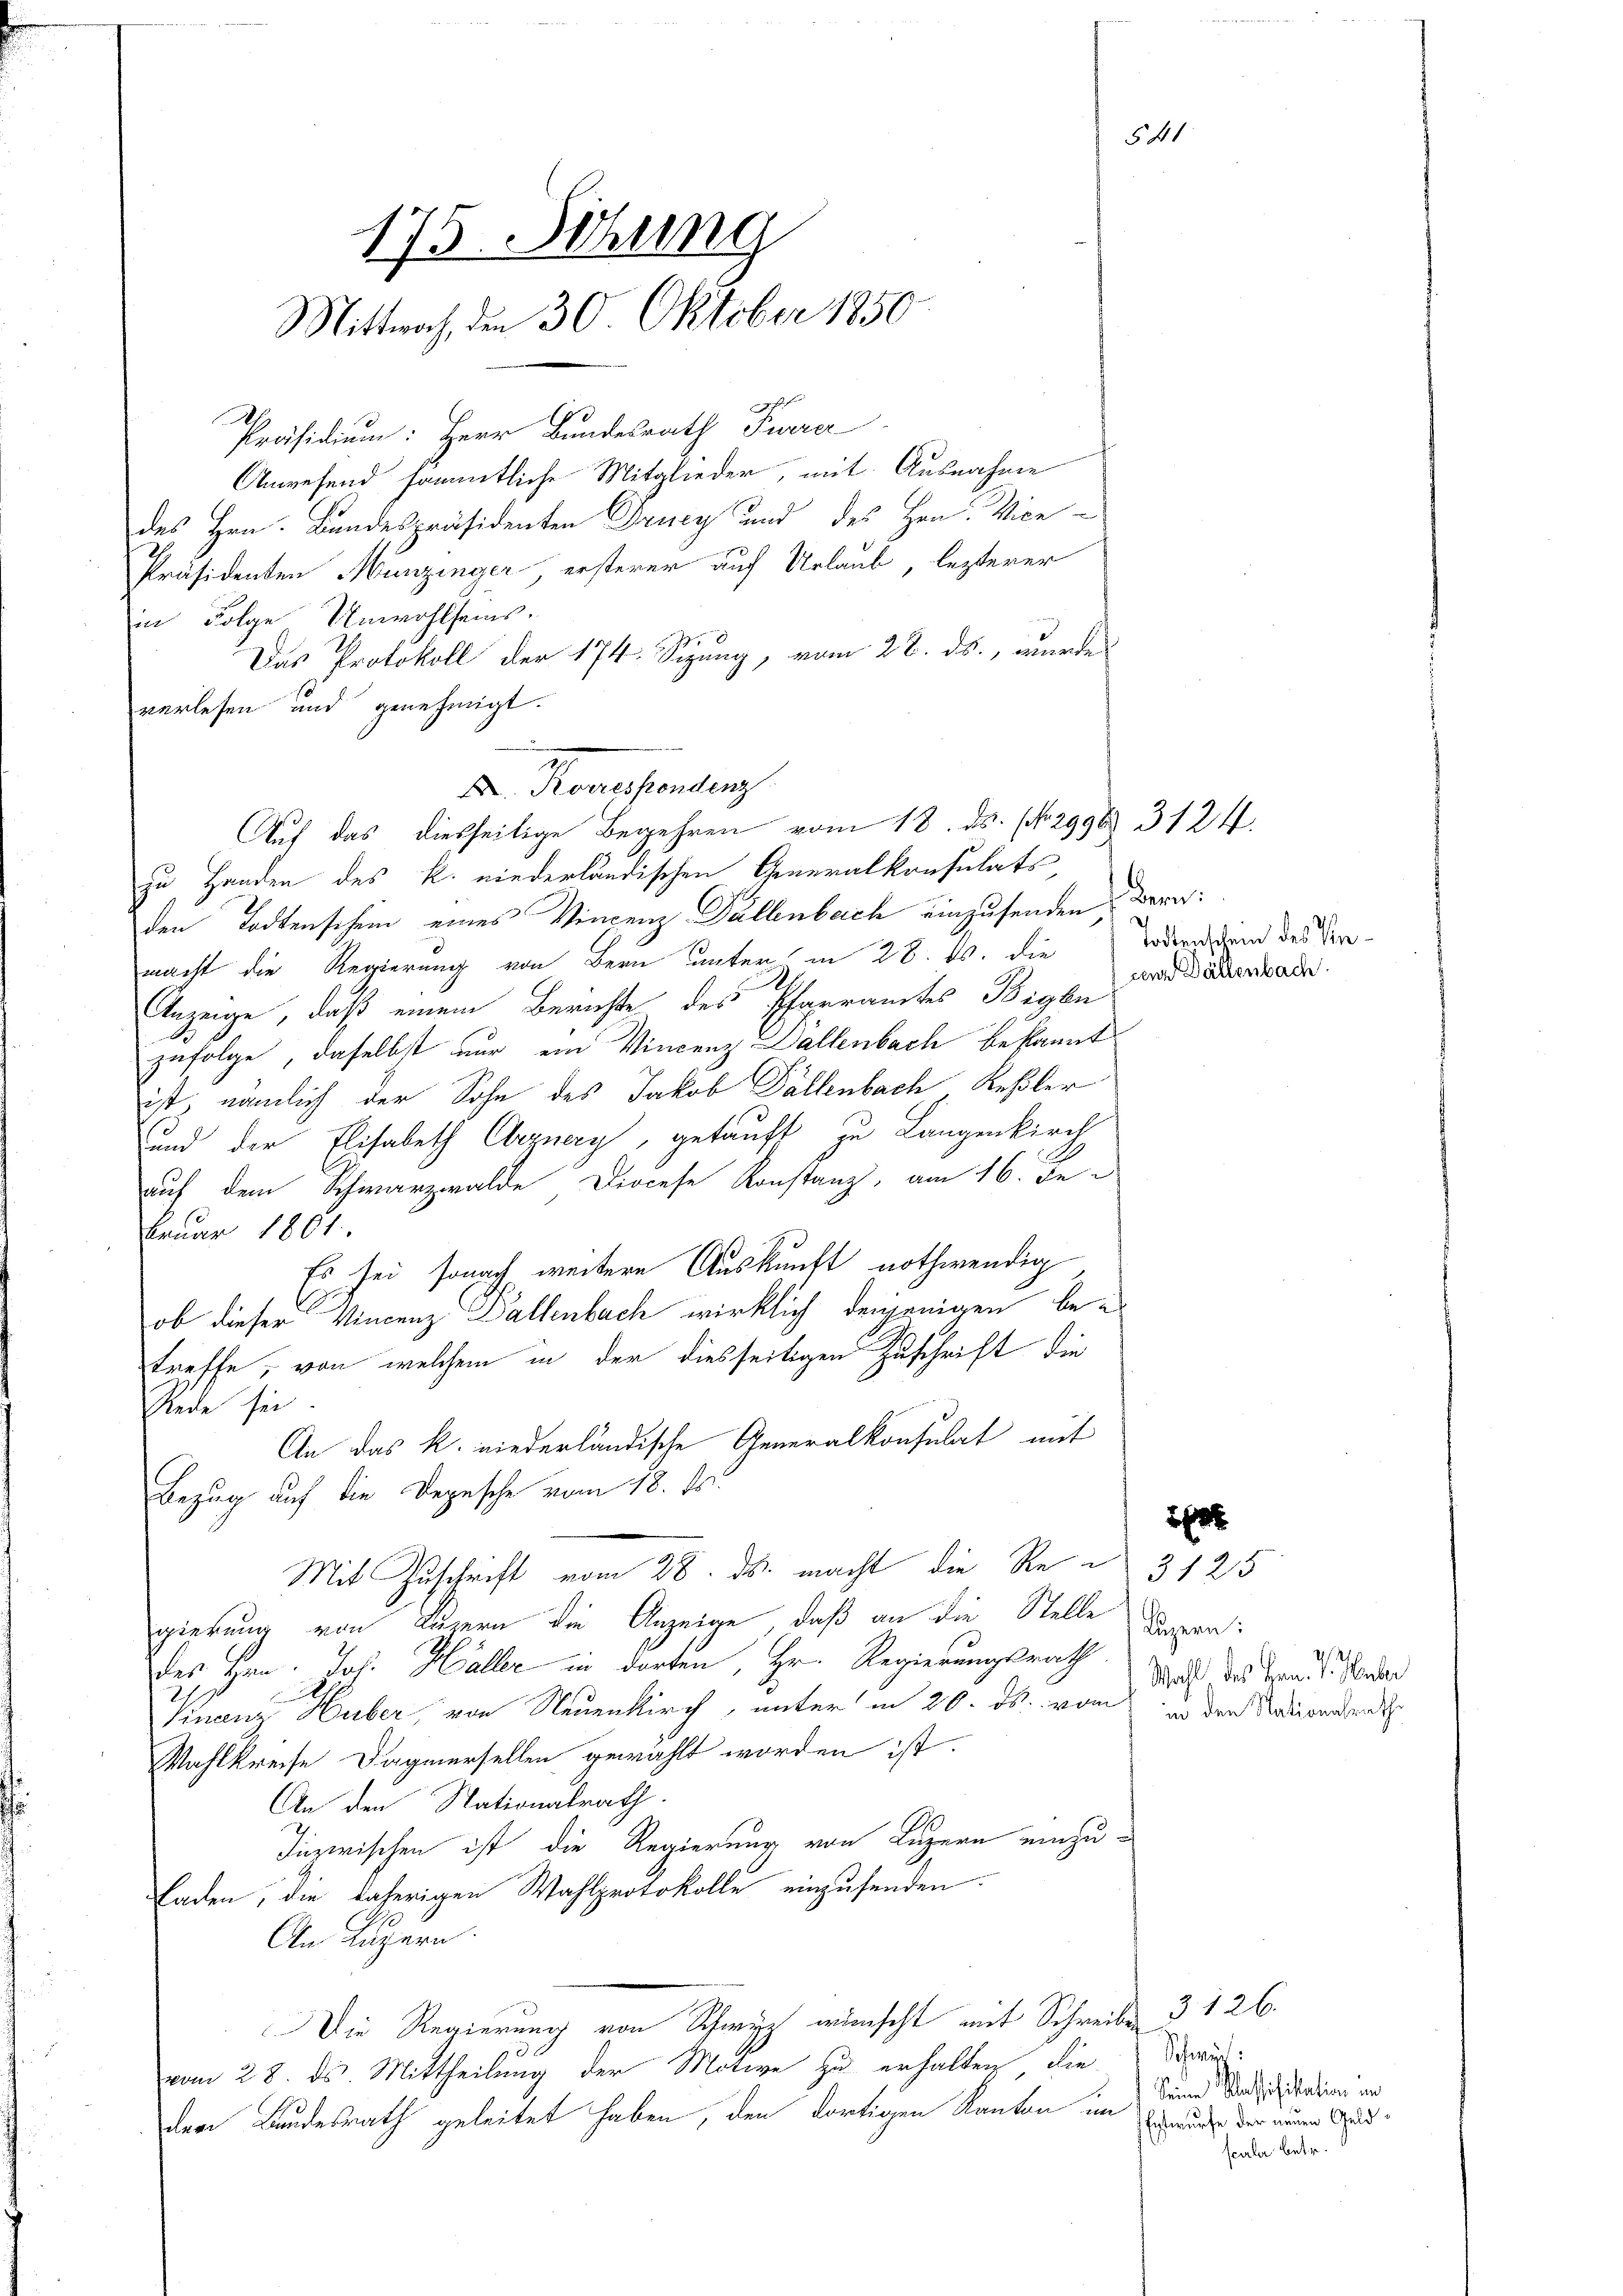
175. Sitzung
Mittwoch, den 30. Oktober 1850

ges f
Präsidium: Herr Bundesrath Twere
Anwesend sämmtliche Mitglieder, mit Ausnahme
des Hrn. Bandespräsidenten Drucy und des Hrn. Vice-
Präsidenten Munzinger ersterer auf Urlaub, lezterer
in Folge Unwohlseins.
Das Protokoll der 174. Sizung, vom 28. ds., wurde
verlesen und genehmigt.
zu Handen des k. niederländischen Generalkonsulats,
den Todtenschein eines Vincenz Dallenbeich einzusenden, Bern:
macht die Regierung von Bern unter in 28. ds. die
Anzeige, daß einem Berichte des Pfarramtes Bigen
zufolge, daselbst nur ein Vincenz Dallenbach bekannt
ist, nämlich der Sohn des Jakob Dällenbach Keßler
und der Elisabeth Obernery, getauft zu Langenkirch
auf dem Schwarzwalde Diocese Konstanz, am 16. Je
Feuar 1801.
Es sei sonach weitere Auskunft nothwendig
ob dieser Vincenz Ballenbach wirklich denjenigen betreffe, von welchem in der diesseitigen Zuschrift die
Rede sei.
An das k. niederländische Generalkonsulat mit
Bezug auf die Depesche vom 18. ds.
Mit Zuschrift vom 28. ds. macht, die Regierung von Luzern die Anzeige, daß an die Stelle
des Hrn. Joh. Haller in dorten, Hr. Regierungsrath
2.
Finanz Huber, von Neuenkirch, unter in 20. ds. von in den Wiedenh
Wahlkreise Dagnersellen gewählt worden ist.
An den Nationalrath.
.
Inzwischen ist die Regierung von Luzern einzu¬
Faden, die daherigen Wahlprotokolle einzusenden.
An Luzern.
Die Regierung von Schwyz wünscht mit Schreiben 3 126.
vom 28. ds. Mittheilung der Motive zu erhalten die
der Bundesrath geleitet haben, den dortigen Kanton im

Promessendenz
Auf das diesseitige Begehren vom 18. ds. (No. 2996. 3124.

Todtenschein des Verten Dällenbach

3125
Luzern:
2
Wahl, des Hrn. J. Huber

1

Schwer.
Seine Klassifikation un
Entwurfe der neuen Geldscala betr.